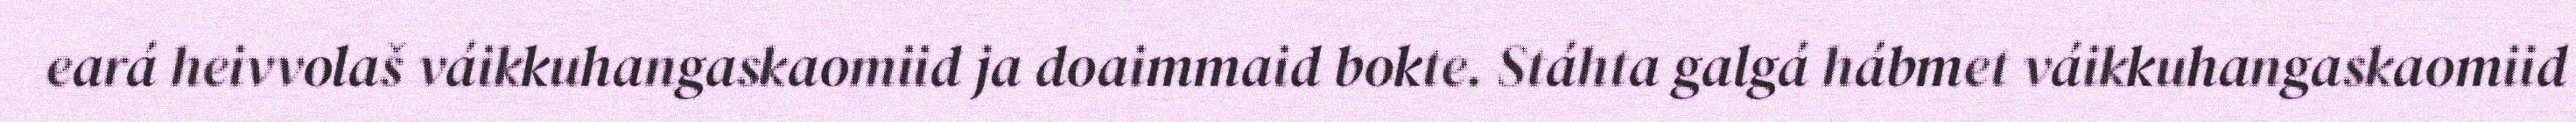
eará heivvolaš váikkuhangaskaomiid ja doaimmaid bokte. Stáhta galgá hábmet váikkuhangaskaomiid